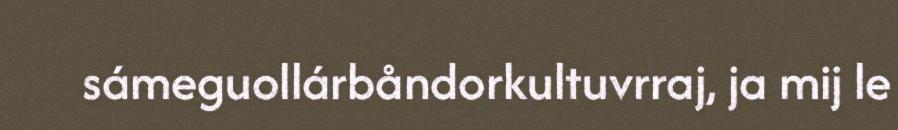
sámeguollárbåndorkultuvrraj, ja mij le